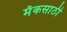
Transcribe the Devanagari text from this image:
मॅकसाठी